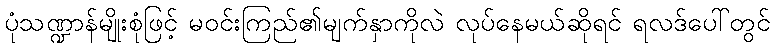
ပုံသဏ္ဍာန်မျိုးစုံဖြင့် မဝင်းကြည်၏မျက်နှာကိုလဲ လုပ်နေမယ်ဆိုရင် ရလဒ်ပေါ်တွင်